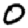
Digit: 0